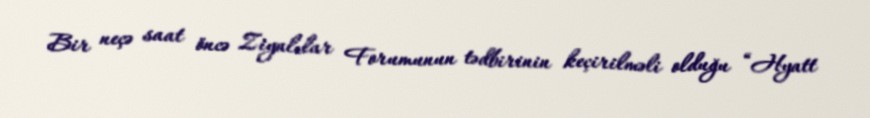
Bir neçə saat öncə Ziyalılar Forumunun tədbirinin keçirilməli olduğu “Hyatt